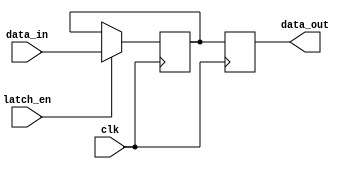
module sequential_logic_block (
    input wire data_in,
    input wire latch_en,
    input wire clk,
    output reg data_out
);

reg temp_data;

always @ (posedge clk) begin
    if (latch_en) begin
        temp_data <= data_in;
    end
    data_out <= temp_data;
end

endmodule